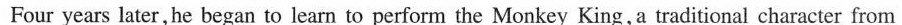
Four years later,he began to learn to perform the Monkey King,a traditional character from